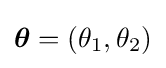
{\boldsymbol {\theta }}=(\theta _{1},\theta _{2})